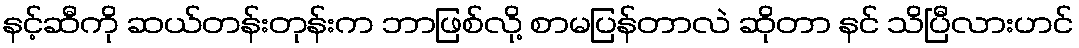
နင့်ဆီကို ဆယ်တန်းတုန်းက ဘာဖြစ်လို့ စာမပြန်တာလဲ ဆိုတာ နင် သိပြီလားဟင်